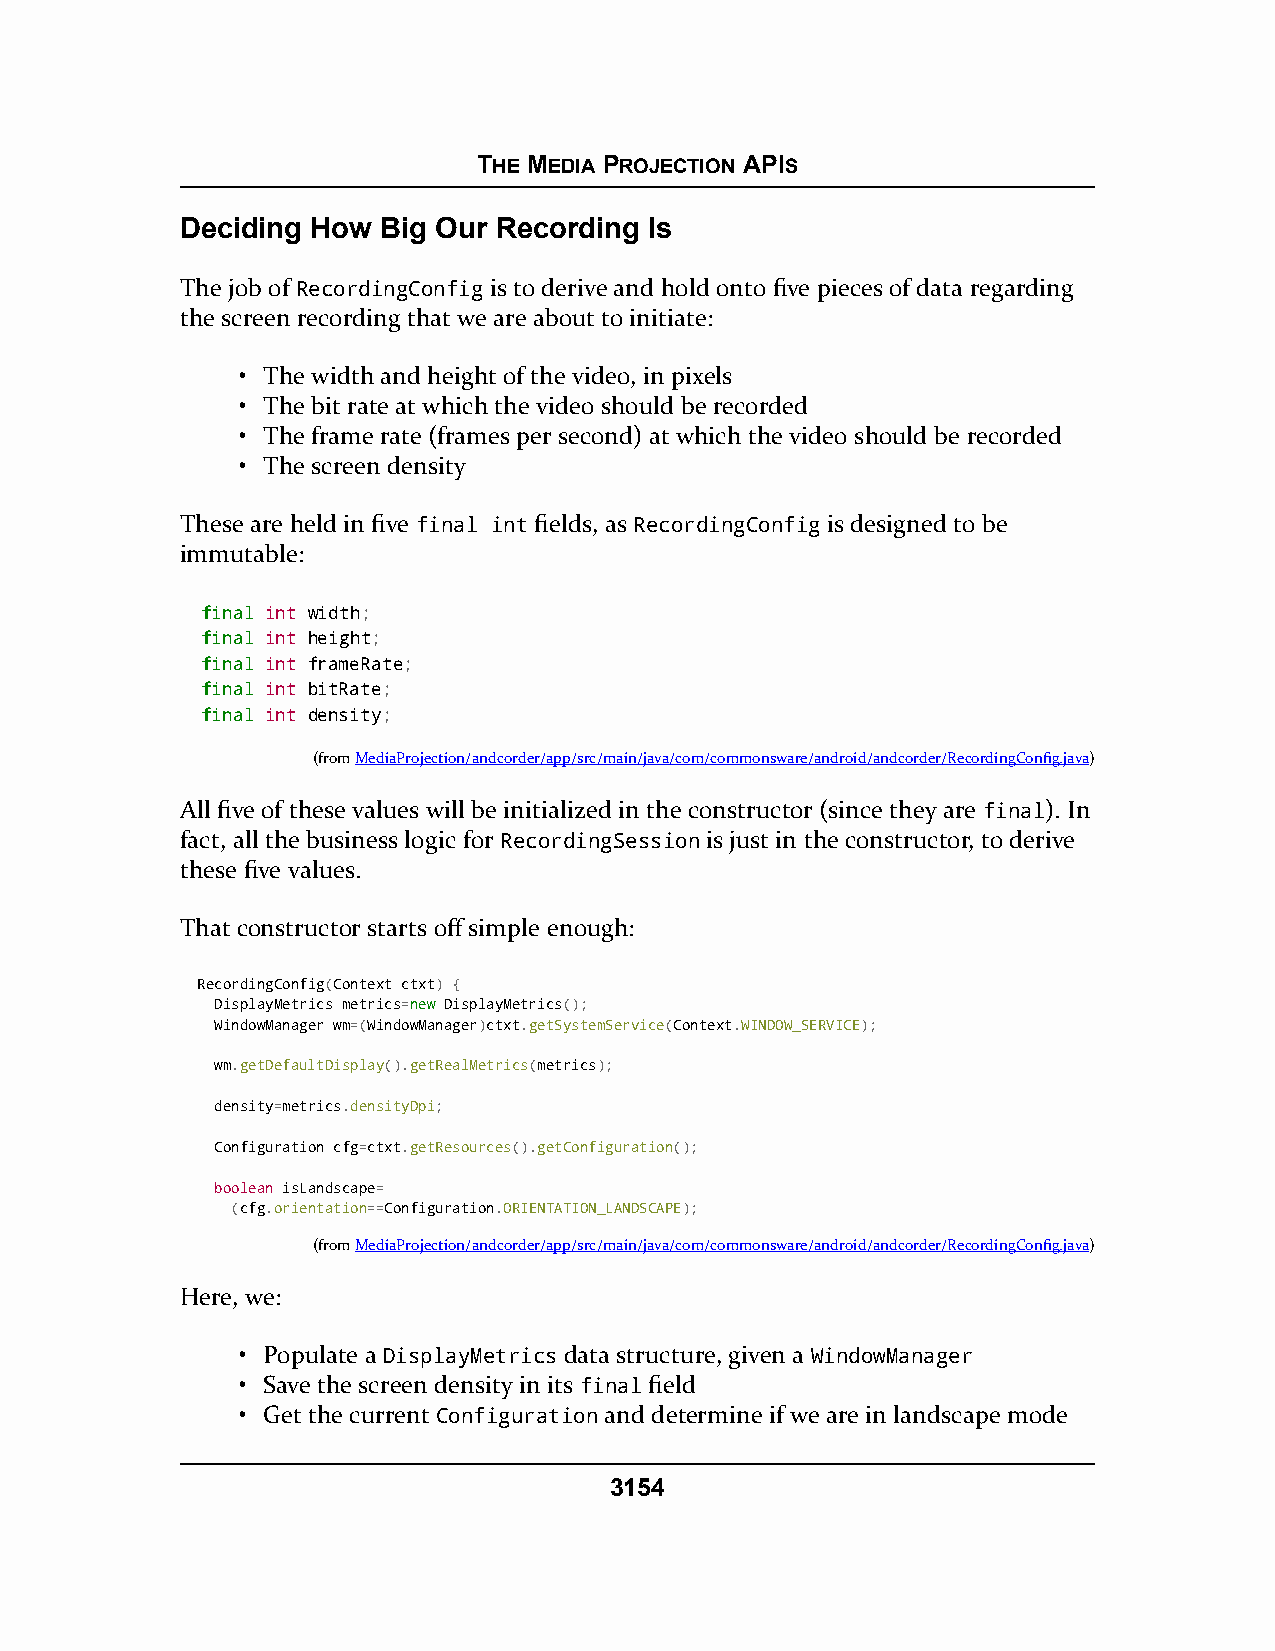
THE MEDIA PROJECTION APIS
 Deciding How Big Our Recording Is
 The job of RecordingConfig is to derive and hold onto five pieces of data regarding
 the screen recording that we are about to initiate:
 • The width and height of the video, in pixels
 • The bit rate at which the video should be recorded
 • The frame rate (frames per second) at which the video should be recorded
 • The screen density
 These are held in five final int fields, as RecordingConfig is designed to be
 immutable:
 ffiinnaall int width;
 ffiinnaall int height;
 ffiinnaall int frameRate;
 ffiinnaall int bitRate;
 ffiinnaall int density;
 (fromMediaProjection/andcorder/app/src/main/java/com/commonsware/android/andcorder/RecordingConfig.java)
 All five of these values will be initialized in the constructor (since they are final). In
 fact, all the business logic for RecordingSession is just in the constructor, to derive
 these five values.
 That constructor starts off simple enough:
 RecordingConfig(Context ctxt) {
 DisplayMetrics metrics=nneeww DisplayMetrics();
 WindowManager wm=(WindowManager)ctxt.getSystemService(Context.WINDOW_SERVICE);
 wm.getDefaultDisplay().getRealMetrics(metrics);
 density=metrics.densityDpi;
 Configuration cfg=ctxt.getResources().getConfiguration();
 boolean isLandscape=
 (cfg.orientation==Configuration.ORIENTATION_LANDSCAPE);
 (fromMediaProjection/andcorder/app/src/main/java/com/commonsware/android/andcorder/RecordingConfig.java)
 Here, we:
 • Populate a DisplayMetrics data structure, given a WindowManager
 • Save the screen density in its final field
 • Get the current Configuration and determine if we are in landscape mode
 3154